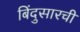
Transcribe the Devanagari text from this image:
बिंदुसारची